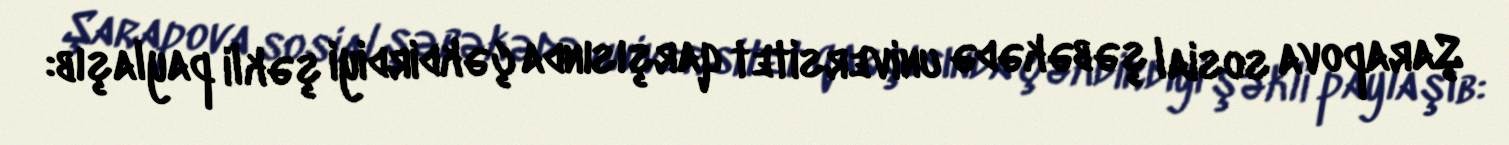
Şarapova sosial şəbəkədə universitet qarşısında çəkdirdiyi şəkli paylaşıb: